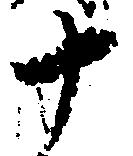
十